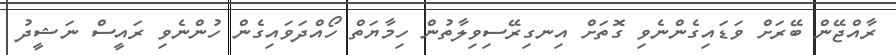
ރާއްޖޭން ބޭރަށް ވަޑައިގެންނެވި ގޮތަށް އިނގިރޭސިވިލާތުން ހިމާޔަތް ހޯއްދަވައިގެން ހުންނެވި ރައީސް ނަޝީދު